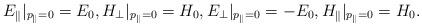
LaTeX: \begin{align*}{E}_{\parallel}|_{p_{\parallel}=0} = E_0, {H}_{\perp}|_{p_{\parallel}=0} = H_0, {E}_{\perp}|_{p_{\parallel}=0} = -E_0, {H}_{\parallel}|_{p_{\parallel}=0} = H_0.\end{align*}